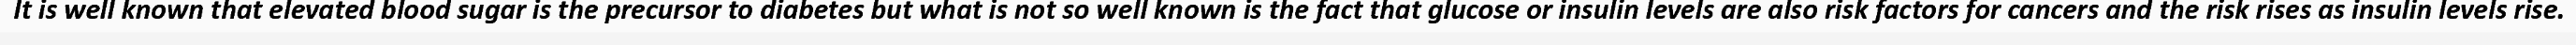
It is well known that elevated blood sugar is the precursor to diabetes but what is not so well known is the fact that glucose or insulin levels are also risk factors for cancers and the risk rises as insulin levels rise.